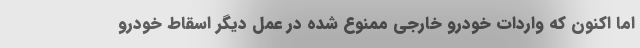
اما اکنون که واردات خودرو خارجی ممنوع شده در عمل دیگر اسقاط خودرو